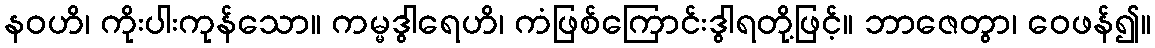
နဝဟိ၊ ကိုးပါးကုန်သော။ ကမ္မဒွါရေဟိ၊ ကံဖြစ်ကြောင်းဒွါရတို့ဖြင့်။ ဘာဇေတွာ၊ ဝေဖန်၍။